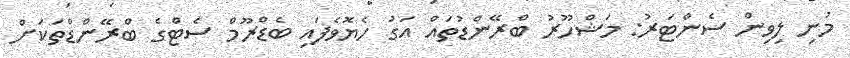
މުނި ލިވިން ސެންޓަރު: މަޝްހޫރު ބްރޭންޑުތައް އަގު ހެޔޮވެފައި ބެޑްރޫމް ސެޓްގެ ބްރޭންޑްތަކަށް